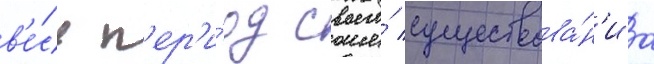
в'е́сь п'ер'и́од своего́ существова́н'иа